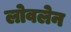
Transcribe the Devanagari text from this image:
लोवलेन